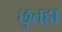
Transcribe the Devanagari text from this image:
छुतहा